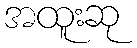
အထူးဆု